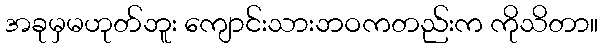
အခုမှမဟုတ်ဘူး ကျောင်းသားဘဝကတည်းက ကိုသိတာ။